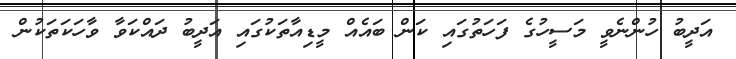
އަދީބު ހުންނެވީ މަސީހުގެ ފަހަތުގައި ކަން ބައެއް މީޑިއާތަކުގައި އަދީބު ދައްކަވާ ވާހަކަތަކުން